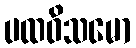
ပထဝိသမော